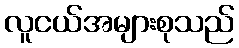
လူငယ်အများစုသည်